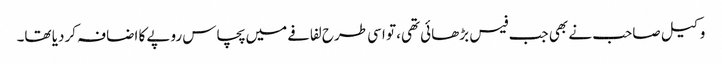
وکیل صاحب نے بھی جب فیس بڑھائی تھی، تو اسی طرح لفافے میں پچاس روپے کا اضافہ کردیا تھا۔